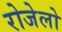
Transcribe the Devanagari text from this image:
रोजेलो